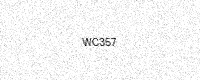
Text: WC357